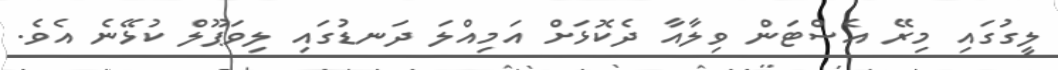
ލީގުގައި މިރޭ އެސްޓަން ވިލާއާ ދެކޮޅަށް އަމިއްލަ ދަނޑުގައި ލިވަޕޫލް ކުޅޭނެ އެވެ.